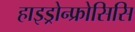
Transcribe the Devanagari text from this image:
हाइड्रोन्फ्रोसिसि